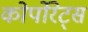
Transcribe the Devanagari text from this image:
कोर्पोरेट्स